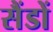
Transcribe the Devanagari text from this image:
सैंडों